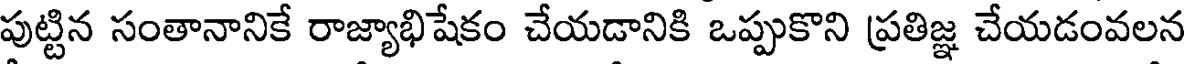
పుట్టిన సంతానానికే రాజ్యాభిషేకం చేయడానికి ఒప్పుకొని ప్రతిజ్ఞ చేయడంవలన